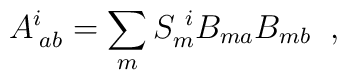
A^{i}_{\;ab}= \sum_m S^{~i}_{m} B_{ma} B_{mb} \;\; ,